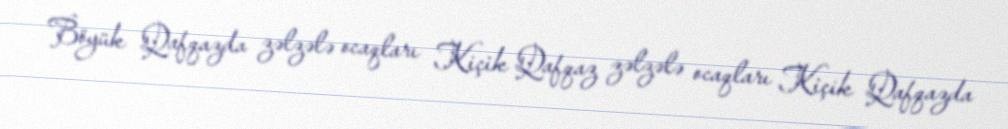
Böyük Qafqazda zəlzələ ocaqları Kiçik Qafqaz zəlzələ ocaqları Kiçik Qafqazda